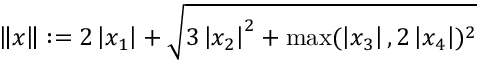
\left\| x \right\| : = 2 \left| x _ { 1 } \right| + { \sqrt { 3 \left| x _ { 2 } \right| ^ { 2 } + \operatorname* { m a x } ( \left| x _ { 3 } \right| , 2 \left| x _ { 4 } \right| ) ^ { 2 } } }